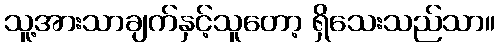
သူ့အားသာချက်နှင့်သူတော့ ရှိသေးသည်သာ။